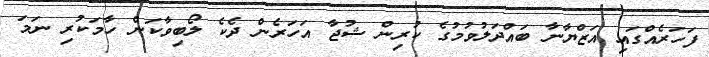
ފަހަރެއްގައި އަޒްޔާނާ ބައްދަލުވުމުގެ ކުރިން ޝުޖާ އަހަރެން ދެކެ ލޯބިވާކަން ހާމަކުރި ނަމަ